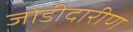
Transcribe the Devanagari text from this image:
जोडीदारीण